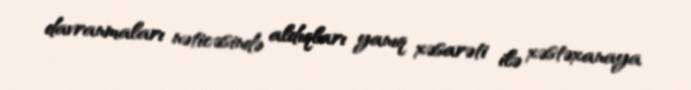
davranmaları nəticəsində aldıqları yanıq xəsarəti ilə xəstəxanaya